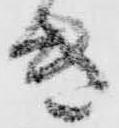
き